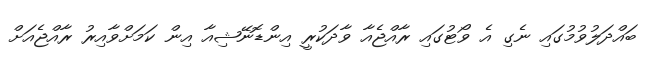
ބައްދަލުވުމުގައި ނެގި އެ ވޯޓުގައި ރާއްޖެއާ ވާދަކުރީ އިންޑޮނޭޝިއާ އިން ކަމަށްވާއިރު ރާއްޖެއަށް